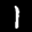
Label: 1